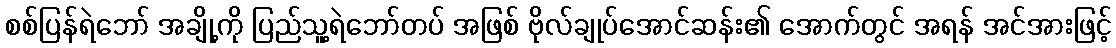
စစ်ပြန်ရဲဘော် အချို့ကို ပြည်သူ့ရဲဘော်တပ် အဖြစ် ဗိုလ်ချုပ်အောင်ဆန်း၏ အောက်တွင် အရန် အင်အားဖြင့်